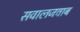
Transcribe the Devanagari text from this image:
सवालजवाब